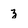
Character: z